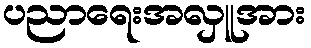
ပညာရေးအလှူအား